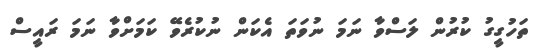
ތަހުގީގު ކުރުން ލަސްވާ ނަމަ ނުވަތަ އެކަން ނުކުރެވޭ ކަމަށްވާ ނަމަ ރައީސް